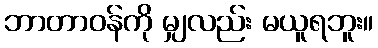
ဘာတာဝန်ကို မျှလည်း မယူရဘူး။